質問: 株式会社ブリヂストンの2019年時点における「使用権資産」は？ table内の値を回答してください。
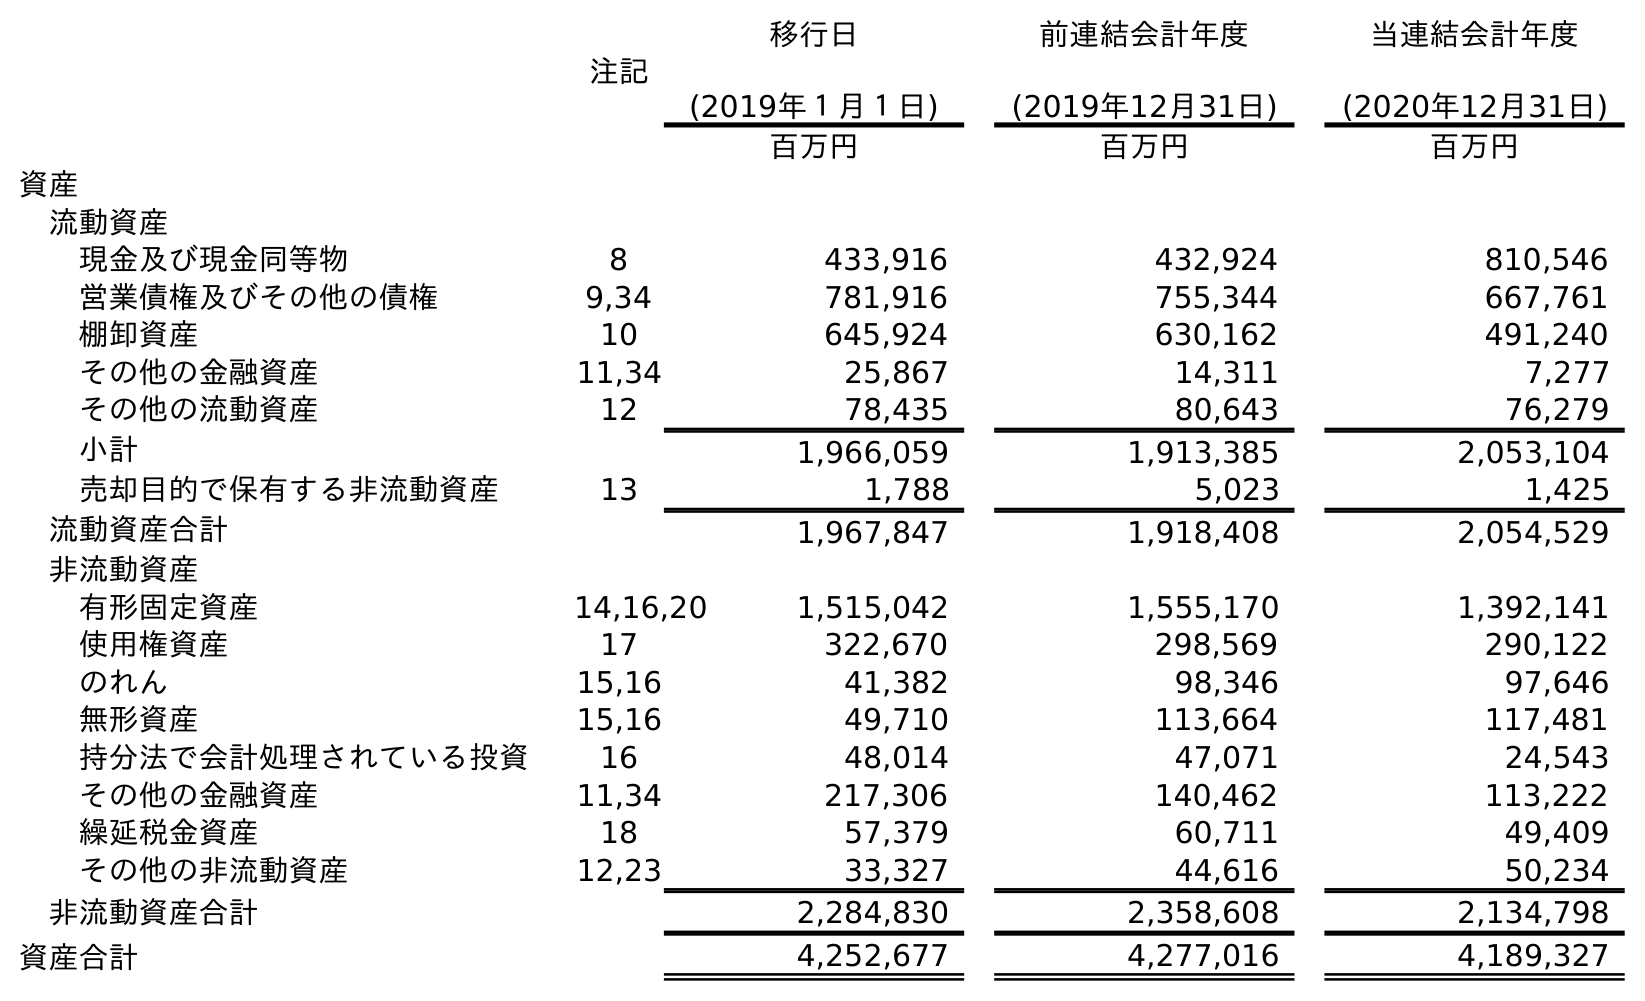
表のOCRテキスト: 注記 移行日 (2019年１月１日) 前連結会計年度 (2019年12月31日) 当連結会計年度 (2020年12月31日) 百万円 百万円 百万円 資産 流動資産 現金及び現金同等物 8 433,916 432,924 810,546 営業債権及びその他の債権 9,34 781,916 755,344 667,761 棚卸資産 10 645,924 630,162 491,240 その他の金融資産 11,34 25,867 14,311 7,277 その他の流動資産 12 78,435 80,643 76,279 小計 1,966,059 1,913,385 2,053,104 売却目的で保有する非流動資産 13 1,788 5,023 1,425 流動資産合計 1,967,847 1,918,408 2,054,529 非流動資産 有形固定資産 14,16,20 1,515,042 1,555,170 1,392,141 使用権資産 17 322,670 298,569 290,122 のれん 15,16 41,382 98,346 97,646 無形資産 15,16 49,710 113,664 117,481 持分法で会計処理されている投資 16 48,014 47,071 24,543 その他の金融資産 11,34 217,306 140,462 113,222 繰延税金資産 18 57,379 60,711 49,409 その他の非流動資産 12,23 33,327 44,616 50,234 非流動資産合計 2,284,830 2,358,608 2,134,798 資産合計 4,252,677 4,277,016 4,189,327
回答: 298,569